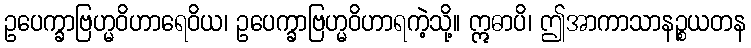
ဥပေက္ခာဗြဟ္မဝိဟာရေဝိယ၊ ဥပေက္ခာဗြဟ္မဝိဟာရကဲ့သို့။ ဣဓာပိ၊ ဤအာကာသာနဉ္စယတန